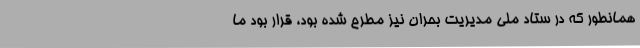
همانطور که در ستاد ملی مدیریت بحران نیز مطرح شده بود، قرار بود ما